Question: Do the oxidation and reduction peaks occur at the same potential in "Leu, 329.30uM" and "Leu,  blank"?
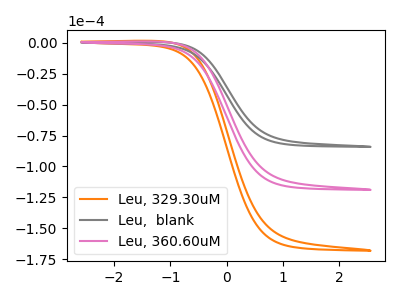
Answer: <think>The orange curve "Leu, 329.30uM" has no peaks. The gray curve "Leu,  blank" has no peaks. The pink curve "Leu, 360.60uM" has no peaks.</think>
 <answer>Niether CV has any peaks.</answer>
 <eval>blanks</eval>